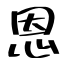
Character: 恩